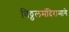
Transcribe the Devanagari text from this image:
विठ्ठलमंदिरामागे